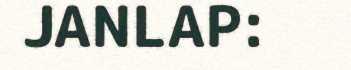
JANLAP: